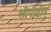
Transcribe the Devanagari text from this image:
सीपीडीए